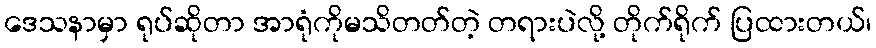
ဒေသနာမှာ ရုပ်ဆိုတာ အာရုံကိုမသိတတ်တဲ့ တရားပဲလို့ တိုက်ရိုက် ပြထားတယ်၊